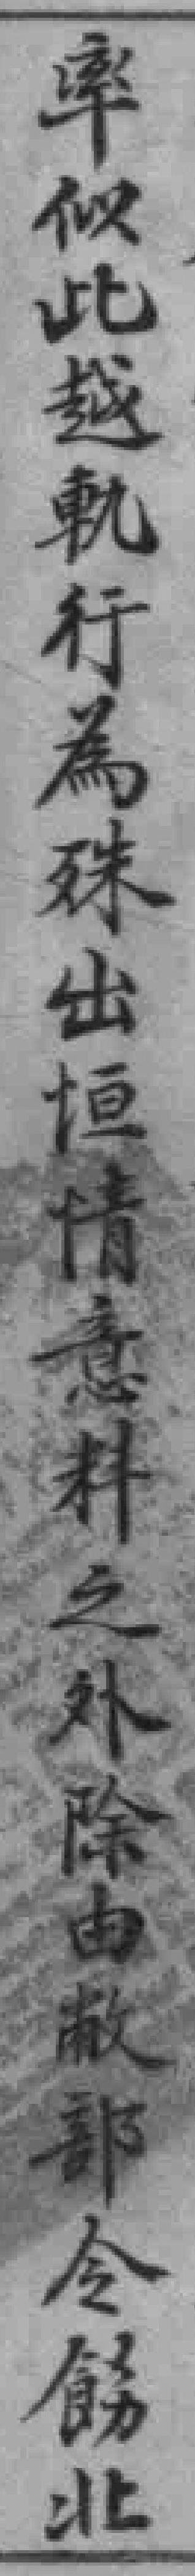
率似此越軌行為殊出恒情意料之外除由敝部令飭北